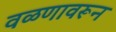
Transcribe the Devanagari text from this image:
वळणावरून